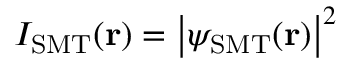
I _ { \mathrm { S M T } } ( { \bf r } ) = \left| \psi _ { \mathrm { S M T } } ( { \bf r } ) \right| ^ { 2 }